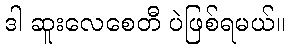
ဒါ ဆူးလေစေတီ ပဲဖြစ်ရမယ်။